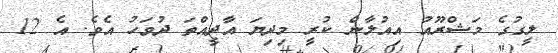
ލީގުގެ މަޝްރޫއު އިއުލާން ކުރީ މިދިޔަ އާދީއްތަ ދުވަހު އެވެ. އެ 12